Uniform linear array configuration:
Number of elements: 48
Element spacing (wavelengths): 0.25
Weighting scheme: cosine
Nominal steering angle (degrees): -15
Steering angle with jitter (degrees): -16.577
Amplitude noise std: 0.05
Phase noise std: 0.05

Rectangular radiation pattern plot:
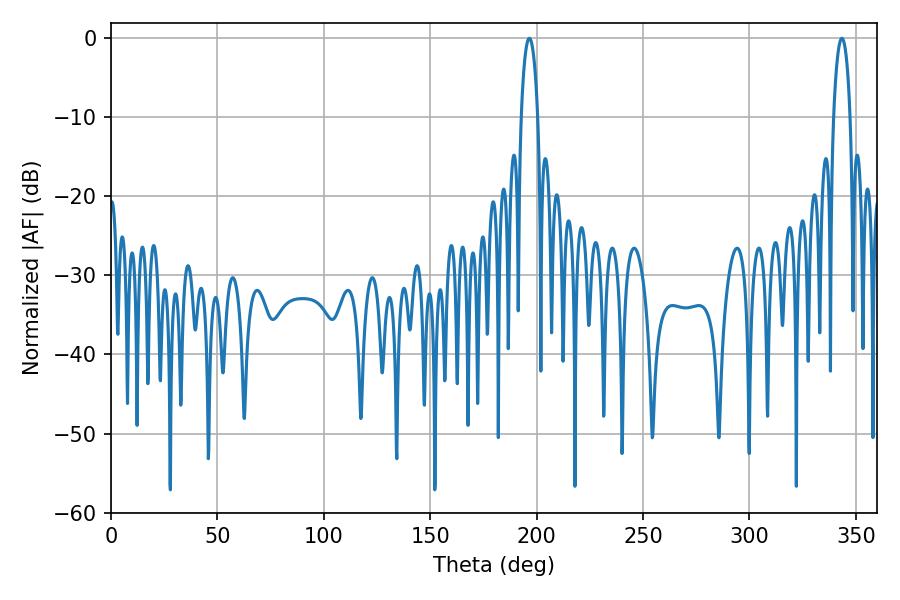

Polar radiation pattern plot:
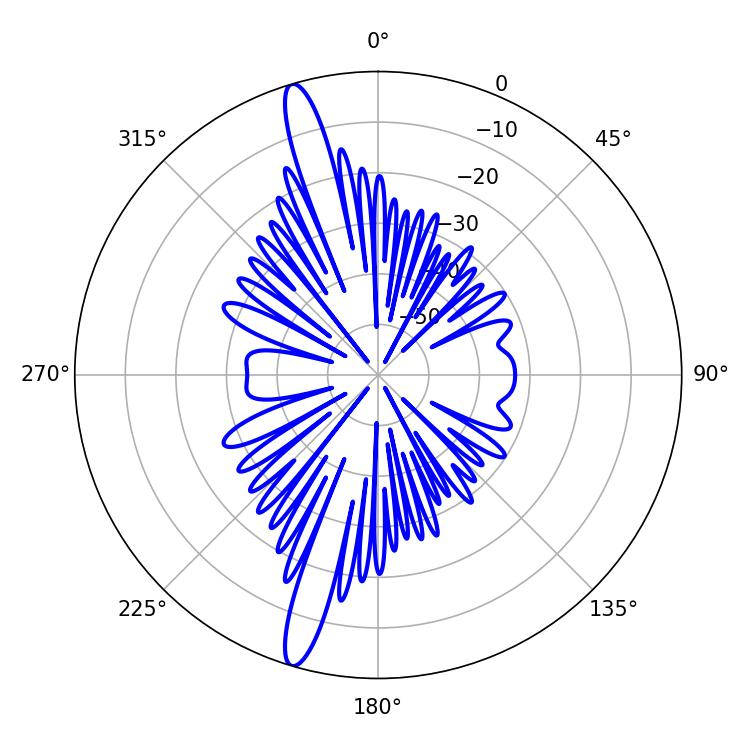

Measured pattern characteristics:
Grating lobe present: FALSE
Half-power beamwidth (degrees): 4.32
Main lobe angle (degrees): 196.56